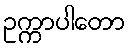
ဥက္ကာပါတော